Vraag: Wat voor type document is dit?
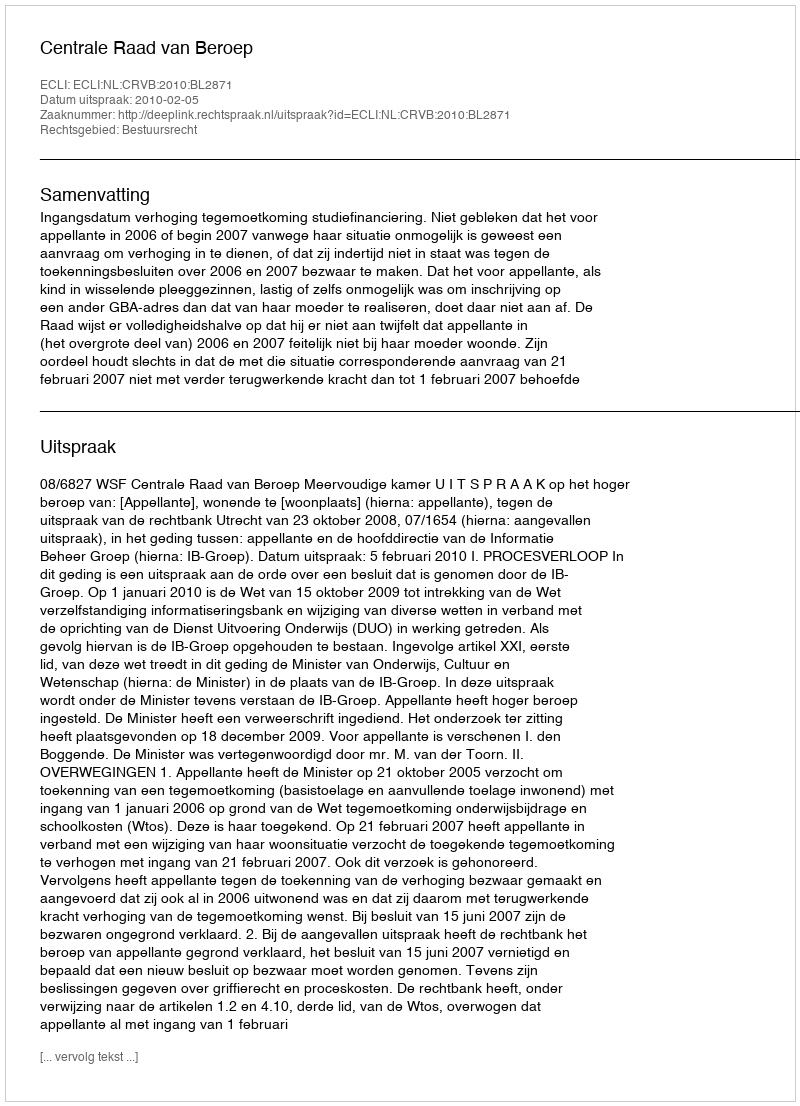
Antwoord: Uitspraak